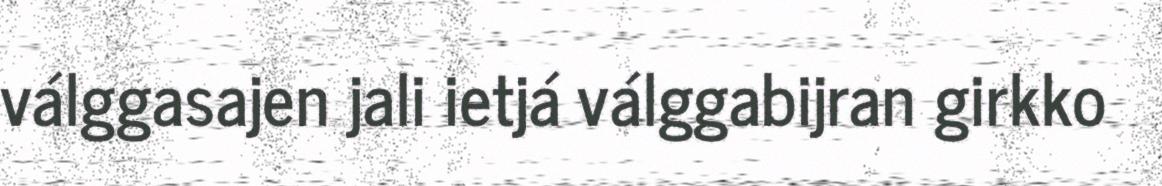
válggasajen jali ietjá válggabijran girkko